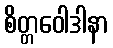
စိတ္တဝေါဒါနာ